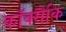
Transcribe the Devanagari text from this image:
कॉक्सैकि